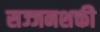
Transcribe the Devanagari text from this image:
सज्जनशक्ती